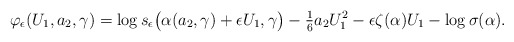
\begin{gather*} \varphi_\epsilon (U_1,a_2,\gamma) = \log s_{\epsilon}\big(\alpha(a_2,\gamma) + \epsilon U_1,\gamma\big)- \tfrac{1}{6}a_2 U_1^2 - \epsilon \zeta (\alpha) U_1 - \log \sigma(\alpha).\end{gather*}